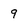
Character: 9